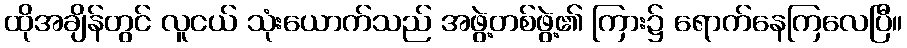
ထိုအချိန်တွင် လူငယ် သုံးယောက်သည် အဖွဲ့တစ်ဖွဲ့၏ ကြား၌ ရောက်နေကြလေပြီ။